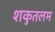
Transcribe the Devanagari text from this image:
शकुतलम